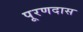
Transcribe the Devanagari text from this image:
पूरणदास